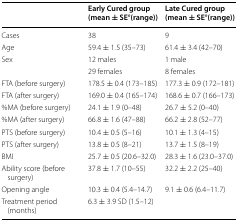
|  | Early Cured group (mean ± SE°(range)) | Late Cured group (mean ± SE°(range)) |
 | --- | --- | --- |
 | Cases | 38 | 9 |
 | Age | 59.4 ± 1.5 (35–73) | 61.4 ± 3.4 (42–70) |
 | <ROWSPAN=2> Sex | 12 males | 1 male |
 | 29 females | 8 females |
 | FTA (before surgery) | 178.5 ± 0.4 (173–185) | 177.3 ± 0.9 (172–181) |
 | FTA (after surgery) | 169.0 ± 0.4 (165–174) | 168.6 ± 0.7 (166–173) |
 | %MA (before surgery) | 24.1 ± 1.9 (0–48) | 26.7 ± 5.2 (0–40) |
 | %MA (after surgery) | 66.8 ± 1.6 (47–88) | 66.2 ± 2.8 (52–77) |
 | PTS (before surgery) | 10.4 ± 0.5 (5–16) | 10.1 ± 1.3 (4–15) |
 | PTS (after surgery) | 13.8 ± 0.5 (8–21) | 13.7 ± 1.5 (8–19) |
 | BMI | 25.7 ± 0.5 (20.6–32.0) | 28.3 ± 1.6 (23.0–37.0) |
 | Ability score (before surgery) | 37.8 ± 1.7 (10–55) | 32.2 ± 2.2 (25–40) |
 | Opening angle | 10.3 ± 0.4 (5.4–14.7) | 9.1 ± 0.6 (6.4–11.7) |
 | Treatment period (months) | 6.3 ± 3.9 SD (1.5–12) |  |